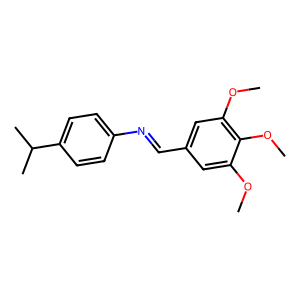
SMILES: COc1cc(C=Nc2ccc(C(C)C)cc2)cc(OC)c1OC
Inhibits HIV replication: No